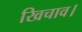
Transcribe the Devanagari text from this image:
खिचाव।